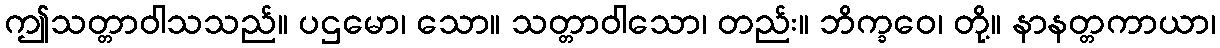
ဤသတ္တာဝါသသည်။ ပဌမော၊ သော။ သတ္တာဝါသော၊ တည်း။ ဘိက္ခဝေ၊ တို့။ နာနတ္တကာယာ၊